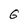
Character: 6